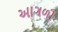
આગળી